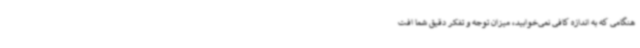
هنگامی که به اندازه کافی نمی‌خوابید، میزان توجه و تفکر دقیق شما افت